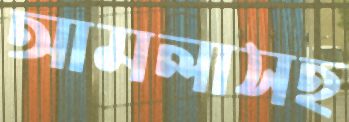
আমলাসহ